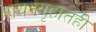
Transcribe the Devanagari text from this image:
शयनगृहातही